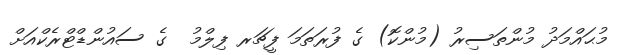
މުޙައްމަދު މުންތަސިރު (މުންކޮ) ގެ ފުރަތަމަ ފީޗަރ ފިލްމު  ގެ ސައުންޑްޓްރެކްއަަށް